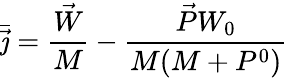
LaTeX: \bar{\vec{\jmath}}=\frac{\vec{W}}{M}-\frac{\vec{P}W_{0}}{M(M+P^{0})}